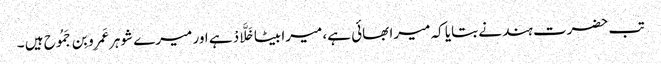
تب حضرت ہند نے بتایا کہ میرا بھائی ہے، میرا بیٹا خَلَّادْ ہے اور میرے شوہر عَمرِو بِن جَمُوح ہیں ۔